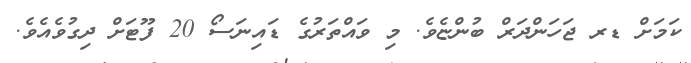
ކަމަށް ޑރ ޖަހަންދަރް ބުންޏެވެ. މި ވައްތަރުގެ ޑައިނަސޯ 20 ފޫޓަށް ދިގުވެއެވެ.